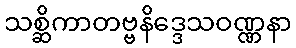
သစ္ဆိကာတဗ္ဗနိဒ္ဒေသဝဏ္ဏနာ